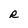
Character: R